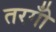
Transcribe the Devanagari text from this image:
तरगोँ